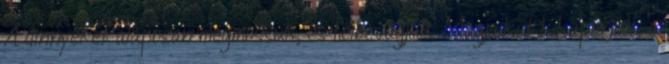
A dinnyéket alaposan megmossuk, és félbevágjuk. Magjaikat kikaparjuk, a